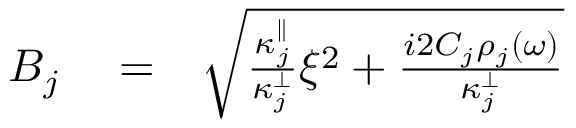
\begin{array} { r l r } { B _ { j } } & { { } = } & { \sqrt { \frac { \kappa _ { j } ^ { \parallel } } { \kappa _ { j } ^ { \perp } } \xi ^ { 2 } + \frac { i 2 C _ { j } \rho _ { j } ( \omega ) } { \kappa _ { j } ^ { \perp } } } } \end{array}